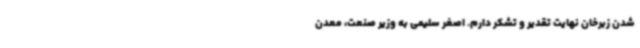
شدن زبرخان نهایت تقدیر و تشکر دارم. اصغر سلیمی به وزیر صنعت، معدن